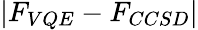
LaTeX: \left|F_{VQE}-F_{CCSD}\right|